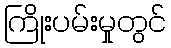
ကြိုးပမ်းမှုတွင်